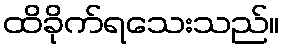
ထိခိုက်ရသေးသည်။